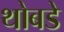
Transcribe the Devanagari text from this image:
थोबडे